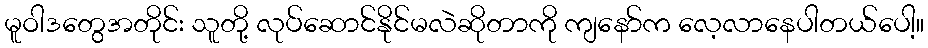
မူဝါဒတွေအတိုင်း သူတို့ လုပ်ဆောင်နိုင်မလဲဆိုတာကို ကျနော်က လေ့လာနေပါတယ်ပေါ့။